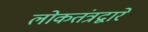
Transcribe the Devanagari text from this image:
लोकतंत्रद्वारे